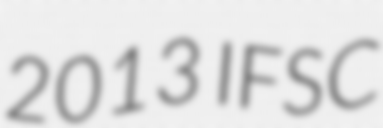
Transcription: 2013 IFSC